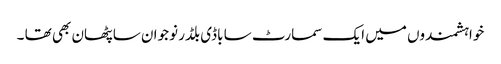
خواہشمندوں میں ایک سمارٹ سا باڈی بلڈر نوجوان سا پٹھان بھی تھا ۔